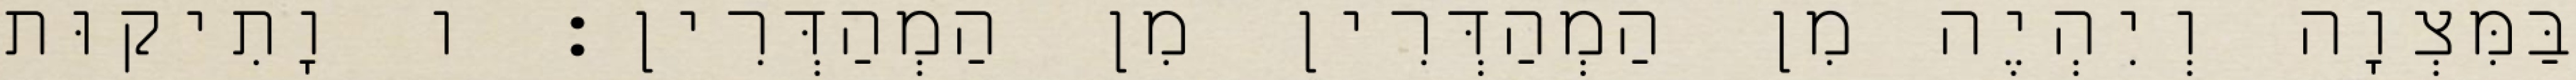
בַּמִּצְוָה וְיִהְיֶה מִן הַמְהַדְּרִין מִן הַמְהַדְּרִין: ו וָתִיקוּת